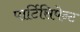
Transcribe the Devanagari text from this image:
पार्टिसिपेन्ट